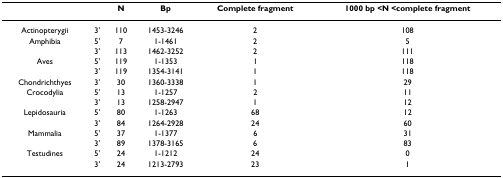
<table><thead><tr><td></td><td></td><td><b>N</b></td><td><b>Bp</b></td><td><b>Complete fragment</b></td><td><b>1000 bp &lt;N &lt;complete fragment</b></td></tr></thead><tbody><tr><td>Actinopterygii</td><td>3&#x27;</td><td>110</td><td>1453-3246</td><td>2</td><td>108</td></tr><tr><td>Amphibia</td><td>5&#x27;</td><td>7</td><td>1-1461</td><td>2</td><td>5</td></tr><tr><td></td><td>3&#x27;</td><td>113</td><td>1462-3252</td><td>2</td><td>111</td></tr><tr><td>Aves</td><td>5&#x27;</td><td>119</td><td>1-1353</td><td>1</td><td>118</td></tr><tr><td></td><td>3&#x27;</td><td>119</td><td>1354-3141</td><td>1</td><td>118</td></tr><tr><td>Chondrichthyes</td><td>3&#x27;</td><td>30</td><td>1360-3338</td><td>1</td><td>29</td></tr><tr><td>Crocodylia</td><td>5&#x27;</td><td>13</td><td>1-1257</td><td>2</td><td>11</td></tr><tr><td></td><td>3&#x27;</td><td>13</td><td>1258-2947</td><td>1</td><td>12</td></tr><tr><td>Lepidosauria</td><td>5&#x27;</td><td>80</td><td>1-1263</td><td>68</td><td>12</td></tr><tr><td></td><td>3&#x27;</td><td>84</td><td>1264-2928</td><td>24</td><td>60</td></tr><tr><td>Mammalia</td><td>5&#x27;</td><td>37</td><td>1-1377</td><td>6</td><td>31</td></tr><tr><td></td><td>3&#x27;</td><td>89</td><td>1378-3165</td><td>6</td><td>83</td></tr><tr><td>Testudines</td><td>5&#x27;</td><td>24</td><td>1-1212</td><td>24</td><td>0</td></tr><tr><td></td><td>3&#x27;</td><td>24</td><td>1213-2793</td><td>23</td><td>1</td></tr></tbody></table>